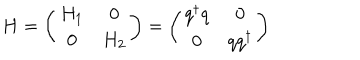
LaTeX: H = \left( \begin{matrix} { { H _ { 1 } } } & { { 0 } } \\ { { 0 } } & { { H _ { 2 } } } \\ \end{matrix} \right) = \left( \begin{matrix} { { q ^ { \dagger } q } } & { { 0 } } \\ { { 0 } } & { { q q ^ { \dagger } } } \\ \end{matrix} \right)